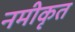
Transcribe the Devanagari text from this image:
नमीकृत